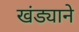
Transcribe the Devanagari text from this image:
खंड्याने